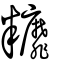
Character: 䊳